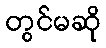
တွင်မဆို